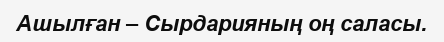
Ашылған – Сырдарияның оң саласы.